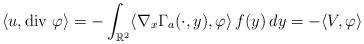
LaTeX: \begin{align*}\langle u, \mbox{div $\varphi$}\rangle=-\int_{\mathbb R^2}\langle\nabla_x\Gamma_a(\cdot,y), \varphi\rangle\,f(y)\,dy=-\langle V, \varphi\rangle\end{align*}